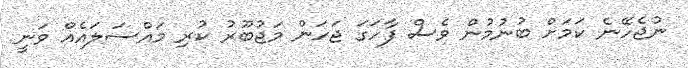
ނުޖެހޭނެ ކަމަށް ބުނުމުން ވެސް ފާހަގަ ޖަހަން މަޖުބޫރު ކުރި މައްސަލައެއް ވަނީ